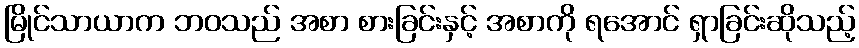
မြိုင်သာယာက ဘဝသည် အစာ စားခြင်းနှင့် အစာကို ရအောင် ရှာခြင်းဆိုသည့်